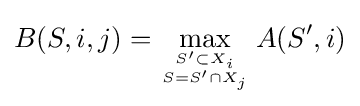
B(S,i,j)=\max _{S'\subset X_{i} \atop S=S'\cap X_{j}}A(S',i)